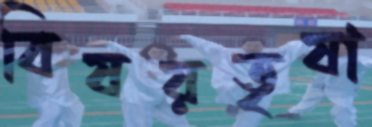
বিষয়তৃষা